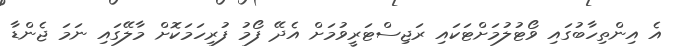
އެ އިންތިހާބުގައި ވޯޓުލުމަށްޓަކައި ރަޖިސްޓަރީވުމަށް އެދޭ ފޯމު ފުރިހަމަކޮށް މާލޭގައި ނަމަ ޖެންޑާ